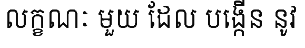
លក្ខណៈ មួយ ដែល បង្កើន នូវ